Report of the Indian Hemp Drugs Commission, 1894-1895 - Volume III
Year: 1894
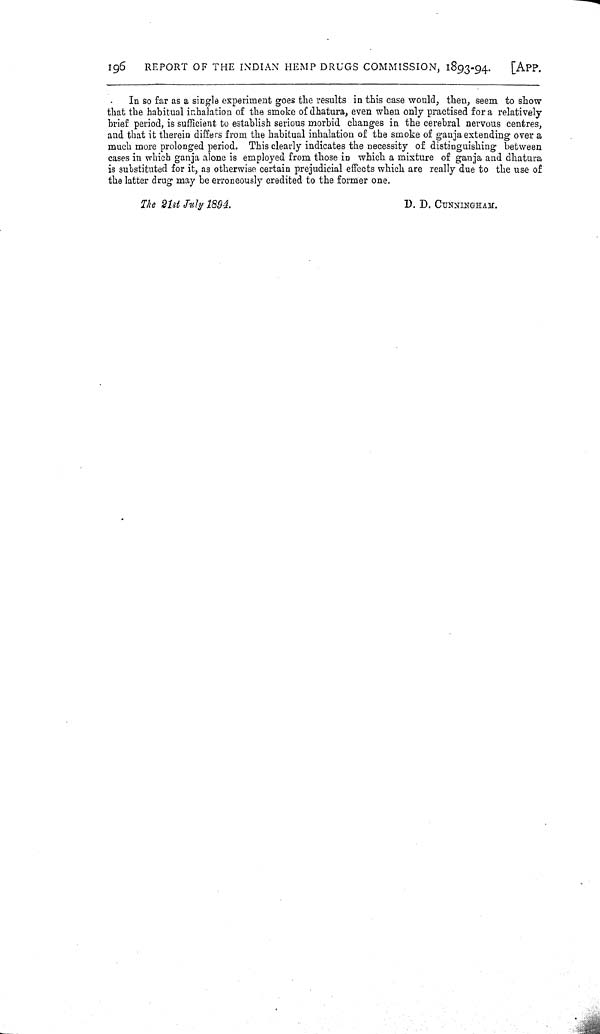
196
REPORT OF THE INDIAN HEMP DRUGS COMMISSION, 1893-94.
[APP.
In so far as a single experiment goes the results in this case would, then, seem to show
that the habitual inhalation of the smoke of dhatura, even when only practised for a relatively
brief period, is sufficient to establish serious morbid changes in the cerebral nervous centres,
and that it therein differs from the habitual inhalation of the smoke of ganja extending over a
much more prolonged period. This clearly indicates the necessity of distinguishing between
cases in which ganja alone is employed from those in which a mixture of ganja and dhatura
is substituted for it, as otherwise certain prejudicial effects which are really due to the use of
the latter drug may be erroneously credited to the former one.
The 21st July 1894.
D. D. CUNNINGHAM.